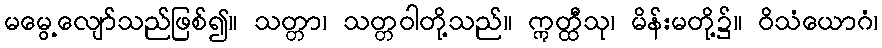
မမွေ့လျော်သည်ဖြစ်၍။ သတ္တာ၊ သတ္တဝါတို့သည်။ ဣတ္ထီသု၊ မိန်းမတို့၌။ ဝိသံယောဂံ၊